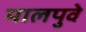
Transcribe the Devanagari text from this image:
मालपुवे